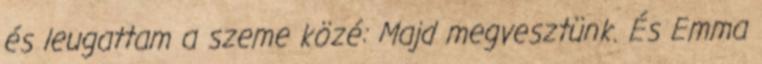
és leugattam a szeme közé: Majd megvesztünk. És Emma